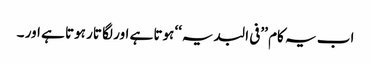
اب یہ کام ’’فی البدیہ‘‘ ہوتا ہے اور لگا تار ہوتا ہے اور ۔